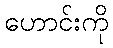
ဟောင်းကို